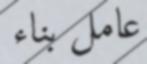
عامل بناء